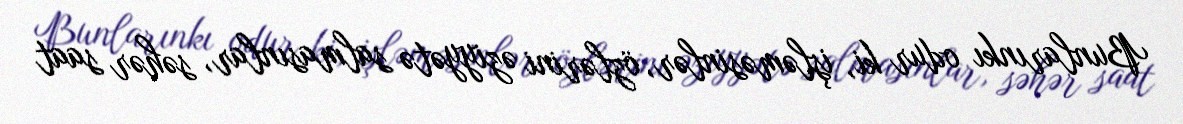
Bunlarınkı odur ki, işləməsinlər, özlərini əziyyətə salmasınlar, səhər saat